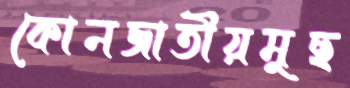
কোনজাতীয়মুছ